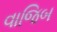
વાજિબ